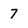
Character: 7